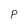
Character: P